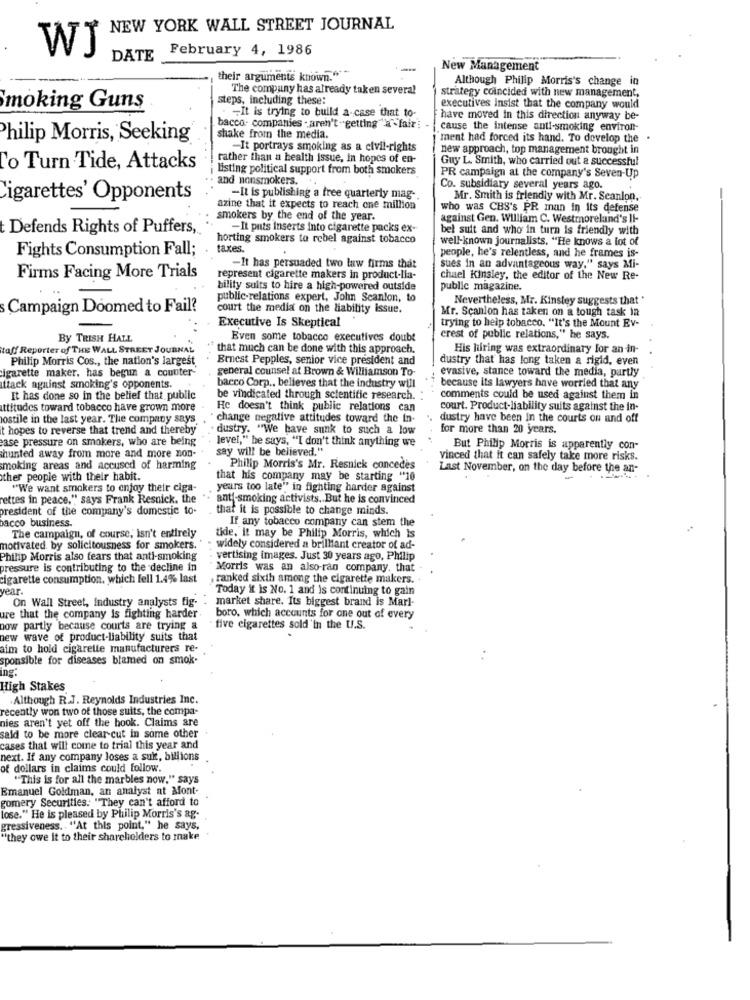
NEW YORK WALL STREET JOURNAL
WI
February 4, 1986
DATE
New Management
their arguments known."
Although Philip Morris's change in
The company has already taken several
steps, including these:
strategy coincided with new management,
moking Guns
. - It is trying to build a-case that to-
executives Insist that the company would
have moved in this direction anyway be-
bacco- companies . aren't - getting"a " fair :
cause the intense anti-smoking environ-
Philip Morris, Seeking
shake from the media.
ment had forced its hand. To develop the .
-It portrays smoking as a civil-rights
new approach, top management brought in
rather than a health issue, in hopes of en-
Guy L. Smith, who carried out a successful
To Turn Tide, Attacks
listing political support from both smokers
and nonsmokers.
PR campaign at the company's Seven-Up
Co. subsidiary several years ago.
Cigarettes' Opponents
-It is publishing a free quarterly mag-
Mr. Smith is friendly with Mr. Scanlon,
azine that it expects to reach one million
who was CBS's PR man in its defense
smokers by the end of the year.
against Gen. William C. Westmoreland's If-
Defends Rights of Puffers,
-It puts inserts into cigarette packs ex-
bel suit and who in turn is friendly with
horting smokers to rebel against tobacco
well-known journalists. "He knows a lot of
Fights Consumption Fall;
taxes.
people, he's relentless, and he frames is-
-It has persuaded two law firms that
sues in an advantageous way," says Mi-
Firms Facing More Trials
represent cigarette makers in product-lia-
chael Kinsley, the editor of the New Re-
bility suits to hire a high-powered outside
public magazine.
public-relations expert, John Scanlon, to
Nevertheless, Mr. Kinsley suggests that'
s Campaign Doomed to Fail?
court the media on the liability issue.
Executive Is Skeptical
Mr. Scanlon has taken on a tough task in
trying to help tobacco. "It's the Mount Ev-
By TRISH HALL
Even some tobacco executives doubt
crest of public relations," he says.
taff Reporter of THE WALL STREET JOURNAL
that much can be done with this approach.
His hiring was extraordinary for an in-
Philip Morris Cos ., the nation's largest
Ernest Pepples, senior vice president and
dustry that has long taken a rigid, even
cigarette maker, has begun a counter-
general counsel at Brown & Williamson To-
evasive, stance toward the media, partly
attack against smoking's opponents.
bacco Corp ., believes that the industry will
because its lawyers have worried that any
It has done so in the belief that public
be vindicated through scientific research.
comments could be used against them in
attitudes toward tobacco have grown more
He doesn't think public relations can
court. Product-liability suits against the in-
lostile in the last year. The company says
change negative attitudes toward the in-
dustry have been In the courts on and off
t hopes to reverse that trend and thereby
- dustry. "We have sunk to such a low
for more than 20 years.
case pressure on smokers, who are being
level," he says, "I don't think anything we
hunted away from more and more non-
say will be believed."
But Philip Morris is apparently con-
vinced that it can safely take more risks.
smoking areas and accused of harming
Philip Morris's Mr. Resnick concedes
Last November, on the day before the an-
ther people with their habit.
that his company may be starting "10
"We want smokers to enjoy their ciga-
years too late" in fighting harder against
ettes in peace," says Frank Resnick, the
anti-smoking activists. But he is convinced
president of the company's domestic to-
that it is possible to change minds.
pacco business.
If any tobacco company can stem the
The campaign, of course, isn't entirely
tide, it may be Philip Morris, which is
motivated by solicitousness for smokers.
widely considered a brilliant creator of ad-
Philip Morris also fears that anti-smoking
vertising images. Just 30 years ago, Philip
pressure is contributing to the decline in
Morris was an also-ran company. that
cigarette consumption, which fell 1.4% last
ranked sixth among the cigarette makers.
vear.
Today it is No. 1 and is continuing to gain
On Wall Street, Industry analysts fig-
market share. Its biggest brand is Marl-
ure that the company is fighting harder
boro, which accounts for one out of every
now partly because courts are trying a
five cigarettes sold 'in the U.S.
.
new wave of product-liability suits that
aim to hold cigarette manufacturers re-
sponsible for diseases blamed on smok.
ing:
High Stakes
.Although R.J. Reynolds Industries Inc.
recently won two of those suits, the compa-
nies aren't yet off the hook. Claims are
said to be more clear-cut in some other .
cases that will come to trial this year and
next. If any company loses a suit, billions
of dollars in claims could follow.
"This is for all the marbles now." says
Emanuel Goldman, an analyst at Mont
gomery Securities. "They can't afford to
lose." He is pleased by Philip Morris's ag-
gressiveness .. "At this point," he says,
"they owe it to their shareholders to make